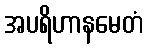
အပရိဟာနမေတံ